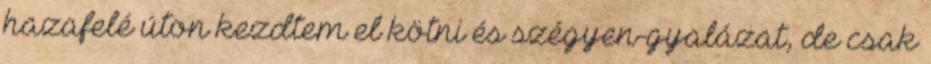
hazafelé úton kezdtem el kötni és szégyen-gyalázat, de csak